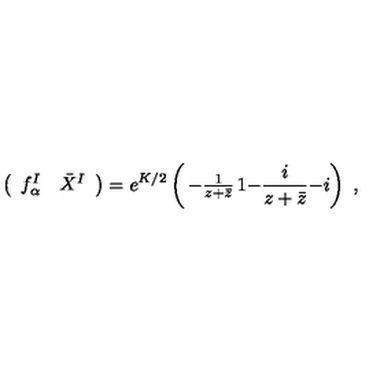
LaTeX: \left( \begin{array} { c c } { f _ { \alpha } ^ { I } } & { \bar { X } ^ { I } } \\ \end{array} \right) = e ^ { K / 2 } \left( \begin{matrix} { - \frac { 1 } { z + \bar { z } } } & { 1 } \\ { - \frac { i } { z + \bar { z } } } & { - i } \\ \end{matrix} \right) \ ,